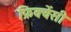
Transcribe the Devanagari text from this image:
फ्रिक्‍वेंसी